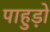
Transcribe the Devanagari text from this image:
पाहुड़ों